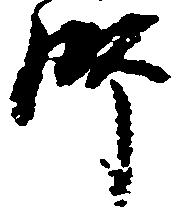
師